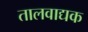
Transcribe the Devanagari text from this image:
तालवाद्यक